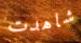
شاهدت